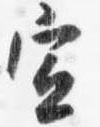
宣